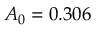
A _ { 0 } = 0 . 3 0 6